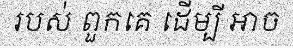
របស់ ពួកគេ ដើម្បី អាច